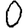
Digit: 0